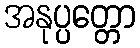
အနုပ္ပတ္တော